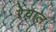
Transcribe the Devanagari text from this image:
रेयाल